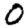
Digit: 0